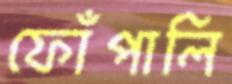
ফোঁপালি